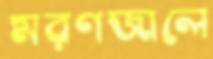
মরণজালে